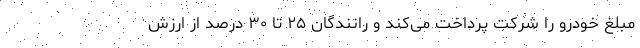
مبلغ خودرو را شرکت پرداخت می­کند و رانندگان ۲۵ تا ۳۰ درصد از ارزش